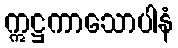
ဣဋ္ဌကာသောပါနံ